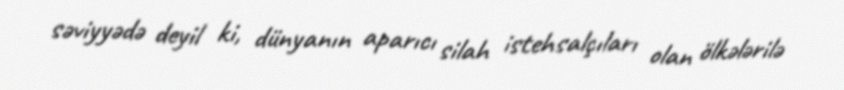
səviyyədə deyil ki, dünyanın aparıcı silah istehsalçıları olan ölkələrilə